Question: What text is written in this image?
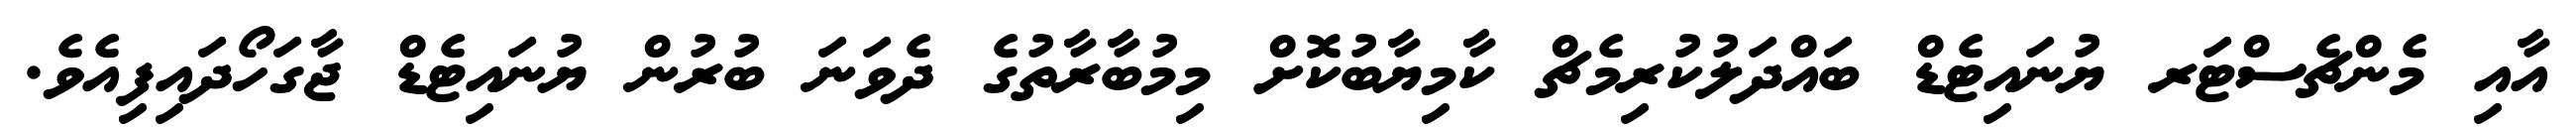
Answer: އާއި މެންޗެސްޓަރ ޔުނައިޓެޑް ބައްދަލުކުރިމެޗް ކާމިޔާބުކޮށް މިމުބާރާތުގެ ދެވަނަ ބުރުން ޔުނައިޓެޑް ޖާގަހޯދައިފިއެވެ.